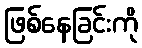
ဖြစ်နေခြင်းကို